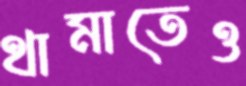
থামাতেও